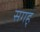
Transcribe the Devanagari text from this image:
सगह्